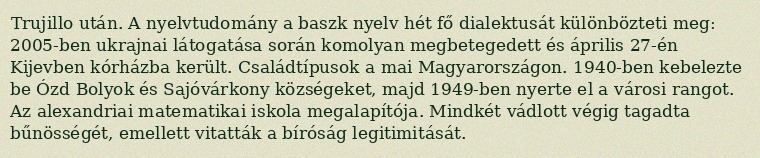
Trujillo után. A nyelvtudomány a baszk nyelv hét fő dialektusát különbözteti meg: 2005-ben ukrajnai látogatása során komolyan megbetegedett és április 27-én Kijevben kórházba került. Családtípusok a mai Magyarországon. 1940-ben kebelezte be Ózd Bolyok és Sajóvárkony községeket, majd 1949-ben nyerte el a városi rangot. Az alexandriai matematikai iskola megalapítója. Mindkét vádlott végig tagadta bűnösségét, emellett vitatták a bíróság legitimitását.